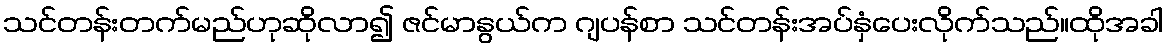
သင်တန်းတက်မည်ဟုဆိုလာ၍ ဇင်မာနွယ်က ဂျပန်စာ သင်တန်းအပ်နှံပေးလိုက်သည်။ထိုအခါ